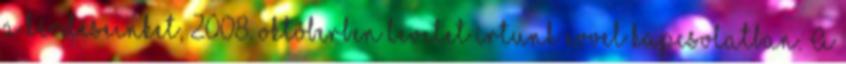
a kérdéseinket, 2008. októberben levelet írtunk evvel kapcsolatban. A